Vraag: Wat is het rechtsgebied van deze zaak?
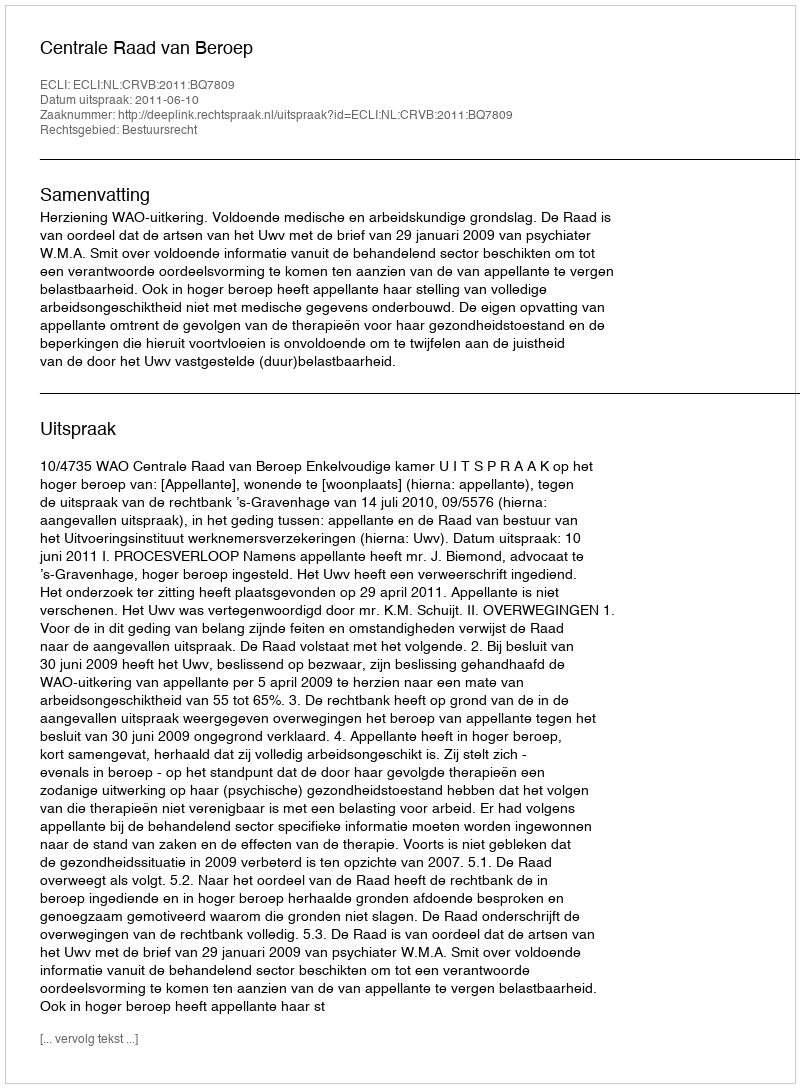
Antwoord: Bestuursrecht